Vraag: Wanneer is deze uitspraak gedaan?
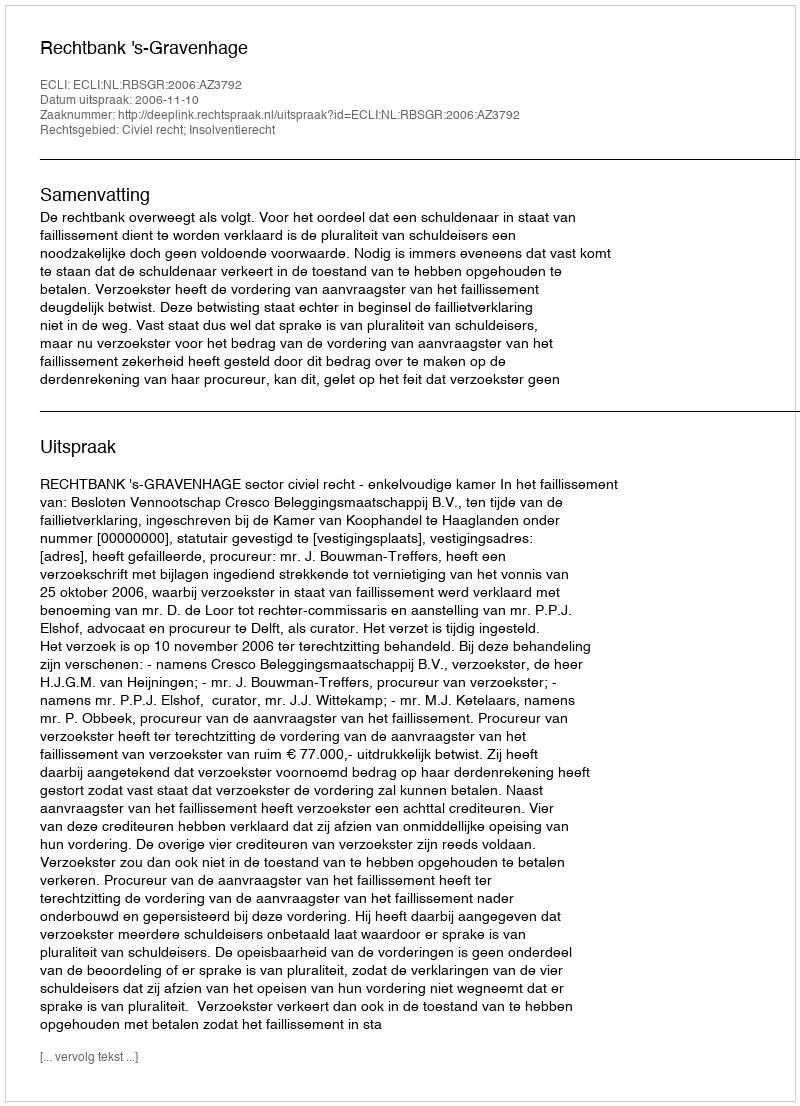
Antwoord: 2006-11-10